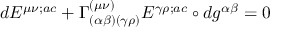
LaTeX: d { \cal E } ^ { \mu \nu ; a c } + \Gamma _ { ( \alpha \beta ) ( \gamma \rho ) } ^ { ( \mu \nu ) } { \cal E } ^ { \gamma \rho ; a c } \circ d g ^ { \alpha \beta } = 0